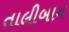
તાલીબાન